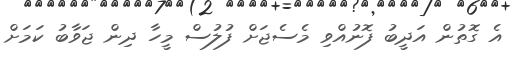
އެ ގޮތުން އަދީބު ފޮނުއްވި މެސެޖަށް ފުލުސް މީހާ ދިން ޖަވާބު ކަމަށް